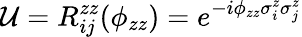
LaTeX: \mathcal{U}=R_{ij}^{zz}(\phi_{zz})=e^{-i\phi_{zz}\sigma_{i}^{z}\sigma_{j}^{z}}